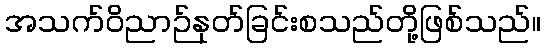
အသက်ဝိညာဉ်နုတ်ခြင်းစသည်တို့ဖြစ်သည်။